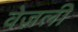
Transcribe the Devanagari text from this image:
वेज़ली